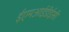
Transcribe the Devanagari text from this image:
ईएमआईडीईसी